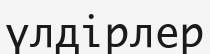
үлдірлер